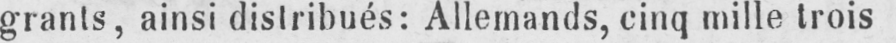
grants, ainsi distribués: Allemands, cinq mille trois